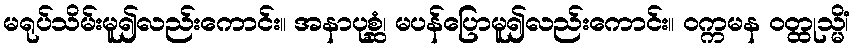
မရုပ်သိမ်းမူ၍လည်းကောင်း။ အနာပုစ္ဆံ၊ မပန်ပြောမူ၍လည်းကောင်း။ ဝက္ကမန ဝတ္ထုသ္မိံ၊